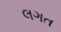
લગત